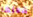
شغلها